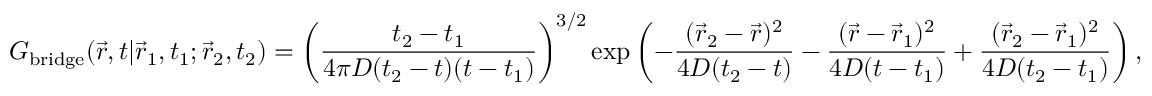
G _ { \mathrm { b r i d g e } } ( \vec { r } , t | \vec { r } _ { 1 } , t _ { 1 } ; \vec { r } _ { 2 } , t _ { 2 } ) = \left( \frac { t _ { 2 } - t _ { 1 } } { 4 \pi D ( t _ { 2 } - t ) ( t - t _ { 1 } ) } \right) ^ { 3 / 2 } \exp \left( - \frac { ( \vec { r } _ { 2 } - \vec { r } ) ^ { 2 } } { 4 D ( t _ { 2 } - t ) } - \frac { ( \vec { r } - \vec { r } _ { 1 } ) ^ { 2 } } { 4 D ( t - t _ { 1 } ) } + \frac { ( \vec { r } _ { 2 } - \vec { r } _ { 1 } ) ^ { 2 } } { 4 D ( t _ { 2 } - t _ { 1 } ) } \right) ,